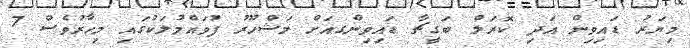
މިޔަރު ޑައިވިން އަދި ކޮރަލް ބަގީޗާ ޑައިވިންގއަށް މަޝްހޫރު ފުވައްމުލަކުގައި މިހާރުވެސް 7